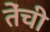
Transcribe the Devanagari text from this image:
तेंची